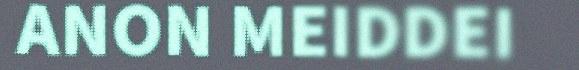
ANON MEIDDEI